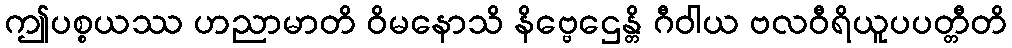
ဤပစ္စယဿ ဟညာမာတိ ဝိမနောသိ နိဗ္ဗေဌေန္တိ ဂီဝါယ ဗလဝီရိယူပပတ္တီတိ